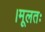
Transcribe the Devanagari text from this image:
।मूलतः